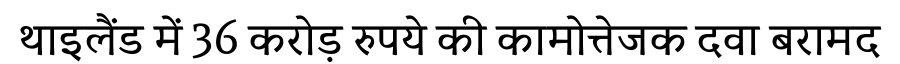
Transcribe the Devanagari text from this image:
थाइलैंड में 36 करोड़ रुपये की कामोत्तेजक दवा बरामद